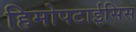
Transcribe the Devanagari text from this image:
हिमोपटाईसिस